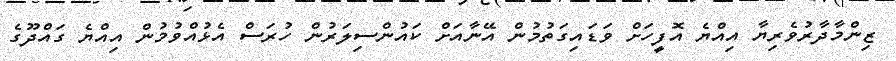
ޒިންމާދާރުވެރިޔާ އިއްޔެ އޮފީހަށް ވަޑައިގަތުމުން އޭނާއަށް ކައުންސިލަރުން ހުރަސް އެޅުއްވުމުން އިއްޔެ ގައްދޫގެ